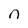
Character: n